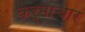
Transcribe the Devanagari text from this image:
कर्माचार